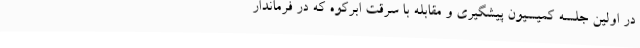
در اولین جلسه کمیسیون پیشگیری و مقابله با سرقت ابرکوه که در فرماندار